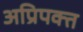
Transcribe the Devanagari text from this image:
अप्रिपक्त